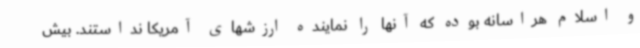
و اسلام هراسانه بوده که آنها را نماینده ارزشهای آمریکا نداستند. بیش